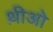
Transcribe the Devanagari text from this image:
थ़ीओ